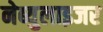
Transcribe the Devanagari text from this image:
नेब्युलाइजर